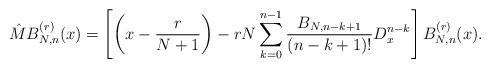
LaTeX: \begin{align*}\hat M B_{N,n}^{(r)}(x)=\left[\left(x-\frac r{N+1}\right)-rN\sum_{k=0}^{n-1}\frac{B_{N,n-k+1}}{(n-k+1)!}D_x^{n-k}\right]B_{N,n}^{(r)}(x).\end{align*}